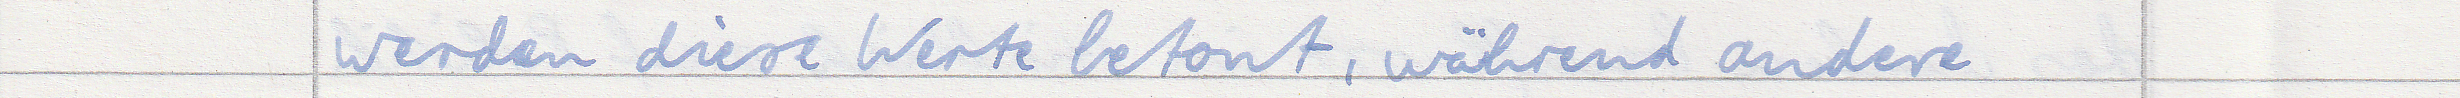
werden diese Werte betont, während andere